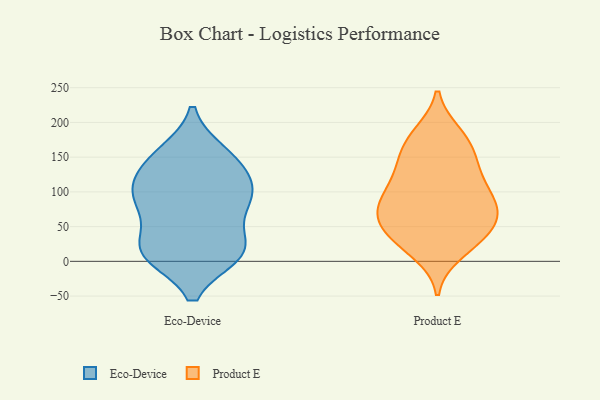
{"axis": {"x": "Churn Rate (%)", "y": "Value"}, "legend": ["Eco-Device", "Product E"], "data": [{"x": "", "y": 13, "type": "Eco-Device"}, {"x": "", "y": 33, "type": "Eco-Device"}, {"x": "", "y": 10, "type": "Eco-Device"}, {"x": "", "y": 151, "type": "Eco-Device"}, {"x": "", "y": 92, "type": "Eco-Device"}, {"x": "", "y": 74, "type": "Eco-Device"}, {"x": "", "y": 116, "type": "Eco-Device"}, {"x": "", "y": 148, "type": "Eco-Device"}, {"x": "", "y": 88, "type": "Eco-Device"}, {"x": "", "y": 102, "type": "Eco-Device"}, {"x": "", "y": 14, "type": "Eco-Device"}, {"x": "", "y": 156, "type": "Eco-Device"}, {"x": "", "y": 85, "type": "Eco-Device"}, {"x": "", "y": 12, "type": "Eco-Device"}, {"x": "", "y": 12, "type": "Eco-Device"}, {"x": "", "y": 124, "type": "Eco-Device"}, {"x": "", "y": 134, "type": "Product E"}, {"x": "", "y": 183, "type": "Product E"}, {"x": "", "y": 83, "type": "Product E"}, {"x": "", "y": 76, "type": "Product E"}, {"x": "", "y": 111, "type": "Product E"}, {"x": "", "y": 61, "type": "Product E"}, {"x": "", "y": 51, "type": "Product E"}, {"x": "", "y": 13, "type": "Product E"}, {"x": "", "y": 141, "type": "Product E"}, {"x": "", "y": 80, "type": "Product E"}, {"x": "", "y": 151, "type": "Product E"}, {"x": "", "y": 93, "type": "Product E"}, {"x": "", "y": 178, "type": "Product E"}, {"x": "", "y": 116, "type": "Product E"}, {"x": "", "y": 53, "type": "Product E"}, {"x": "", "y": 31, "type": "Product E"}, {"x": "", "y": 25, "type": "Product E"}, {"x": "", "y": 40, "type": "Product E"}, {"x": "", "y": 174, "type": "Product E"}, {"x": "", "y": 78, "type": "Product E"}]}